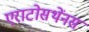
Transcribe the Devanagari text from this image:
एराटोसथेंनस